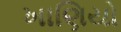
ખાણિયો